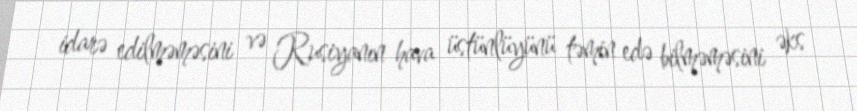
idarə edilməməsini və Rusiyanın hava üstünlüyünü təmin edə bilməməsini əks